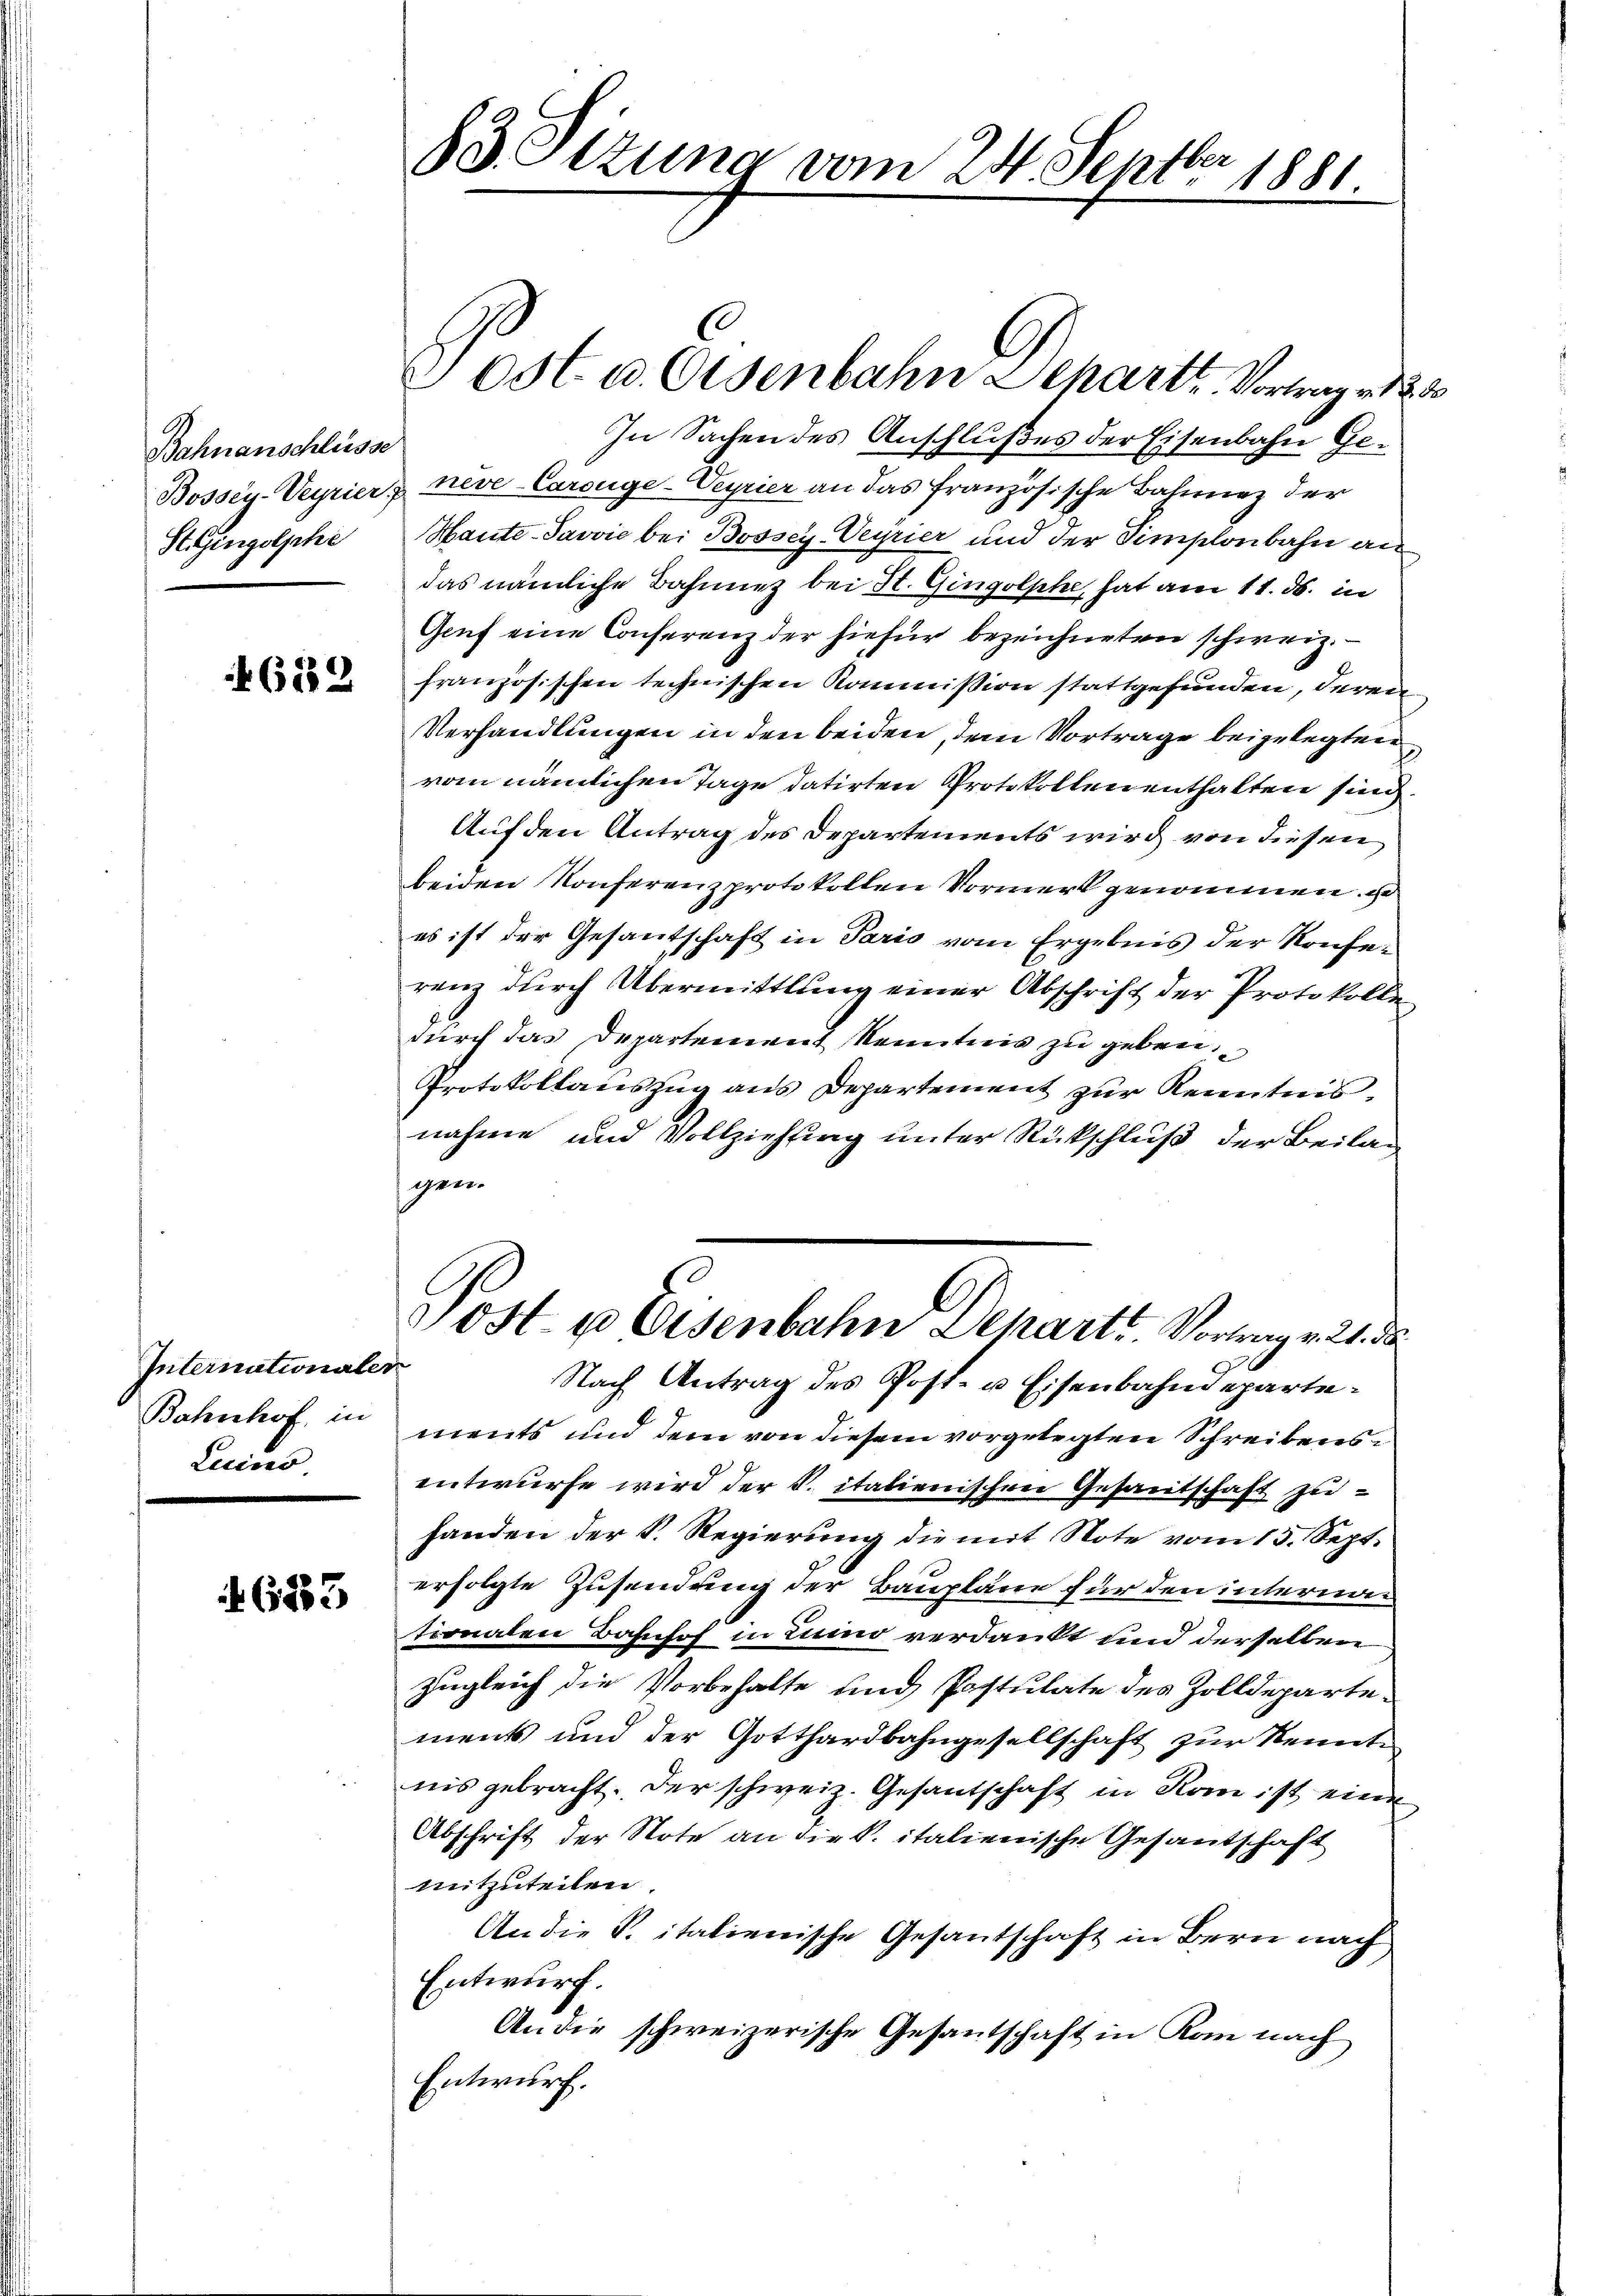
Bahnanschlüsse
St. Gingolphe

682

Internationaler
Bahnhof, in
Lecines

6883

ost. u. Osenbahn Schart, Vortrag v. 30
In Sachen des Anschlußes der Eisenbahn Ge¬
Bossey-Veyrier, neve-Carouge-Veyrier an das französische Bahnnez der
Hante-Javvić bei Bossey-Veyrier und der Simplonbahn an
das nämliche Bahnnez bei St. Gingolphe, hat am 11. ds. in
Genf eine Conferenz der hiefür bezeichneten schweiz.
französischen technischen Kommission stattgefunden, deren
Verhandlungen in den beiden, dem Vortrage beigelegten,
vom nämlichen Tage datirten Protokollen enthalten sind.
Auf den Antrag des Departements wird von diesen
beiden Konferenzprotokollen Vormerk genommen, u
es ist der Gesantschaft in Paris vom Ergebnis der Konferenz durch Übermittlung einer Abschrift der Protokolle
durch das Departement Kenntnis zu geben
Protokollauszug aus Departement zur Kenntnis.
nahme und Vollziehung unter Rückschluß der Beilag
gen.
Jost 4 Eisenbahn Departt. Vortrag v. 21. da
Nach Antrag des Post- u. Eisenbahndepartements und dem von diesem vorgelegten Schreibensentwurfe wird der S. italienischen Gesamtschaft zuhanden der K. Regierung die mit Note vom 13. Sept.
erfolgte Zusendung der Baupläne für den internan
tionalen Bahnhof in Luino verdankt und derselben
Zugleich die Vorbehalte und Postulate des Zolldeparte-
ments und der Gotthardbahngesellschaft zur Kenntnis gebracht. Der schweiz. Gesantschaft in Rom ist eine
Abschrift der Note an die k. italienische Gesantschaft
mitzuteilen.
An die P. italienische Gesantschaft in Bern nach
Entwurf.
An die schweizerische Gesantschaft in Rom nach
Entwurf.

83.Ottung vom 24. Septbr 1881.